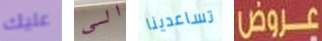
عليك الى تساعدينا عروض